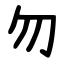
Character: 勿